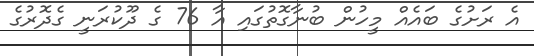
އެ ރަށުގެ ބައެއް މީހުން ބުނާގޮތުގައި އާ 76 ގެ ދޫކުރަނީ ގެދޮރުގެ